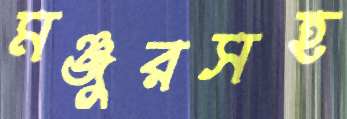
মঞ্জুরসহ